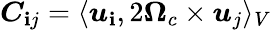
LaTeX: \boldsymbol{C}_{\mathbf{i}j}=\langle\boldsymbol{u}_{\mathbf{i}},2\boldsymbol{\Omega}_{c}\times\boldsymbol{u}_{j}\rangle_{V}